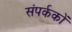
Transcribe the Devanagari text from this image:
संपर्ककों